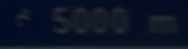
^{\circ}5000\